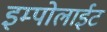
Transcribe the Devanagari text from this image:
इम्पोलाईट